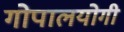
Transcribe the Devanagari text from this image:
गोपालयोगी